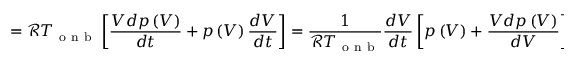
= \mathcal { R } T _ { \mathrm { ~ o ~ n ~ b ~ } } \left[ \frac { V d p \left( V \right) } { d t } + p \left( V \right) \frac { d V } { d t } \right] = \frac { 1 } { \mathcal { R } T _ { \mathrm { ~ o ~ n ~ b ~ } } } \frac { d V } { d t } \left[ p \left( V \right) + \frac { V d p \left( V \right) } { d V } \right]